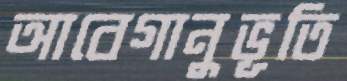
আবেগানুভূতি